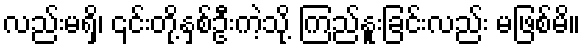
လည်းမရှိ၊ ၎င်းတို့နှစ်ဦးကဲ့သို့ ကြည်နူးခြင်းလည်း မဖြစ်မိ။